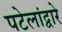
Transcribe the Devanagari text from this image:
पटेलांद्वारे